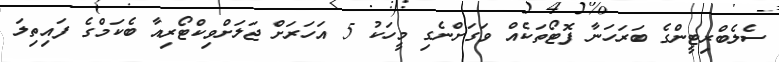
ސެލެބްރިޓީންގެ ބަރަހަނާ ފޮޓޯތަކެއް ވަގަށްނެގި މީހަކު 5 އަހަރަށް ޖަލަށްވިކްޓޯރިއާ ބެކަމްގެ ފައިތިލަ